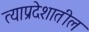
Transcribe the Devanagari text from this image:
त्याप्रदेशातील